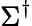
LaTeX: \Sigma^{\dagger}